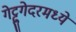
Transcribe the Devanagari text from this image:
गेट्टुगेदरमध्ये